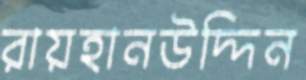
রায়হানউদ্দিন